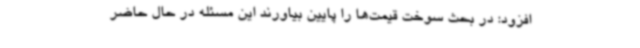
افزود: در بحث سوخت قیمت‌ها را پایین بیاورند این مسئله در حال حاضر